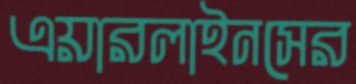
এয়ারলাইনসের